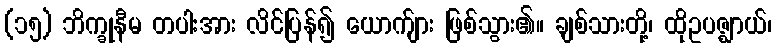
(၁၅) ဘိက္ခုနီမ တပါးအား လိင်ပြန်၍ ယောက်ျား ဖြစ်သွား၏။ ချစ်သားတို့၊ ထိုဥပဇ္ဈာယ်၊